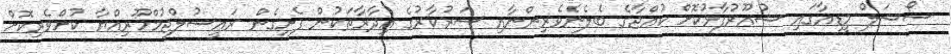
ސޯޝަލް މީޑިއާގައި ޝުއޫރުފާޅުކޮށް ކުއްޖާގެ ބެލެނެވެރިންނާއި ސަރުކާރުގެ އިދާރާތަކުން ފެށިގެން ރައީސުލްޖުމްހޫރިއްޔާ ކުށްވެރިކޮށް